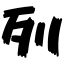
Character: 列